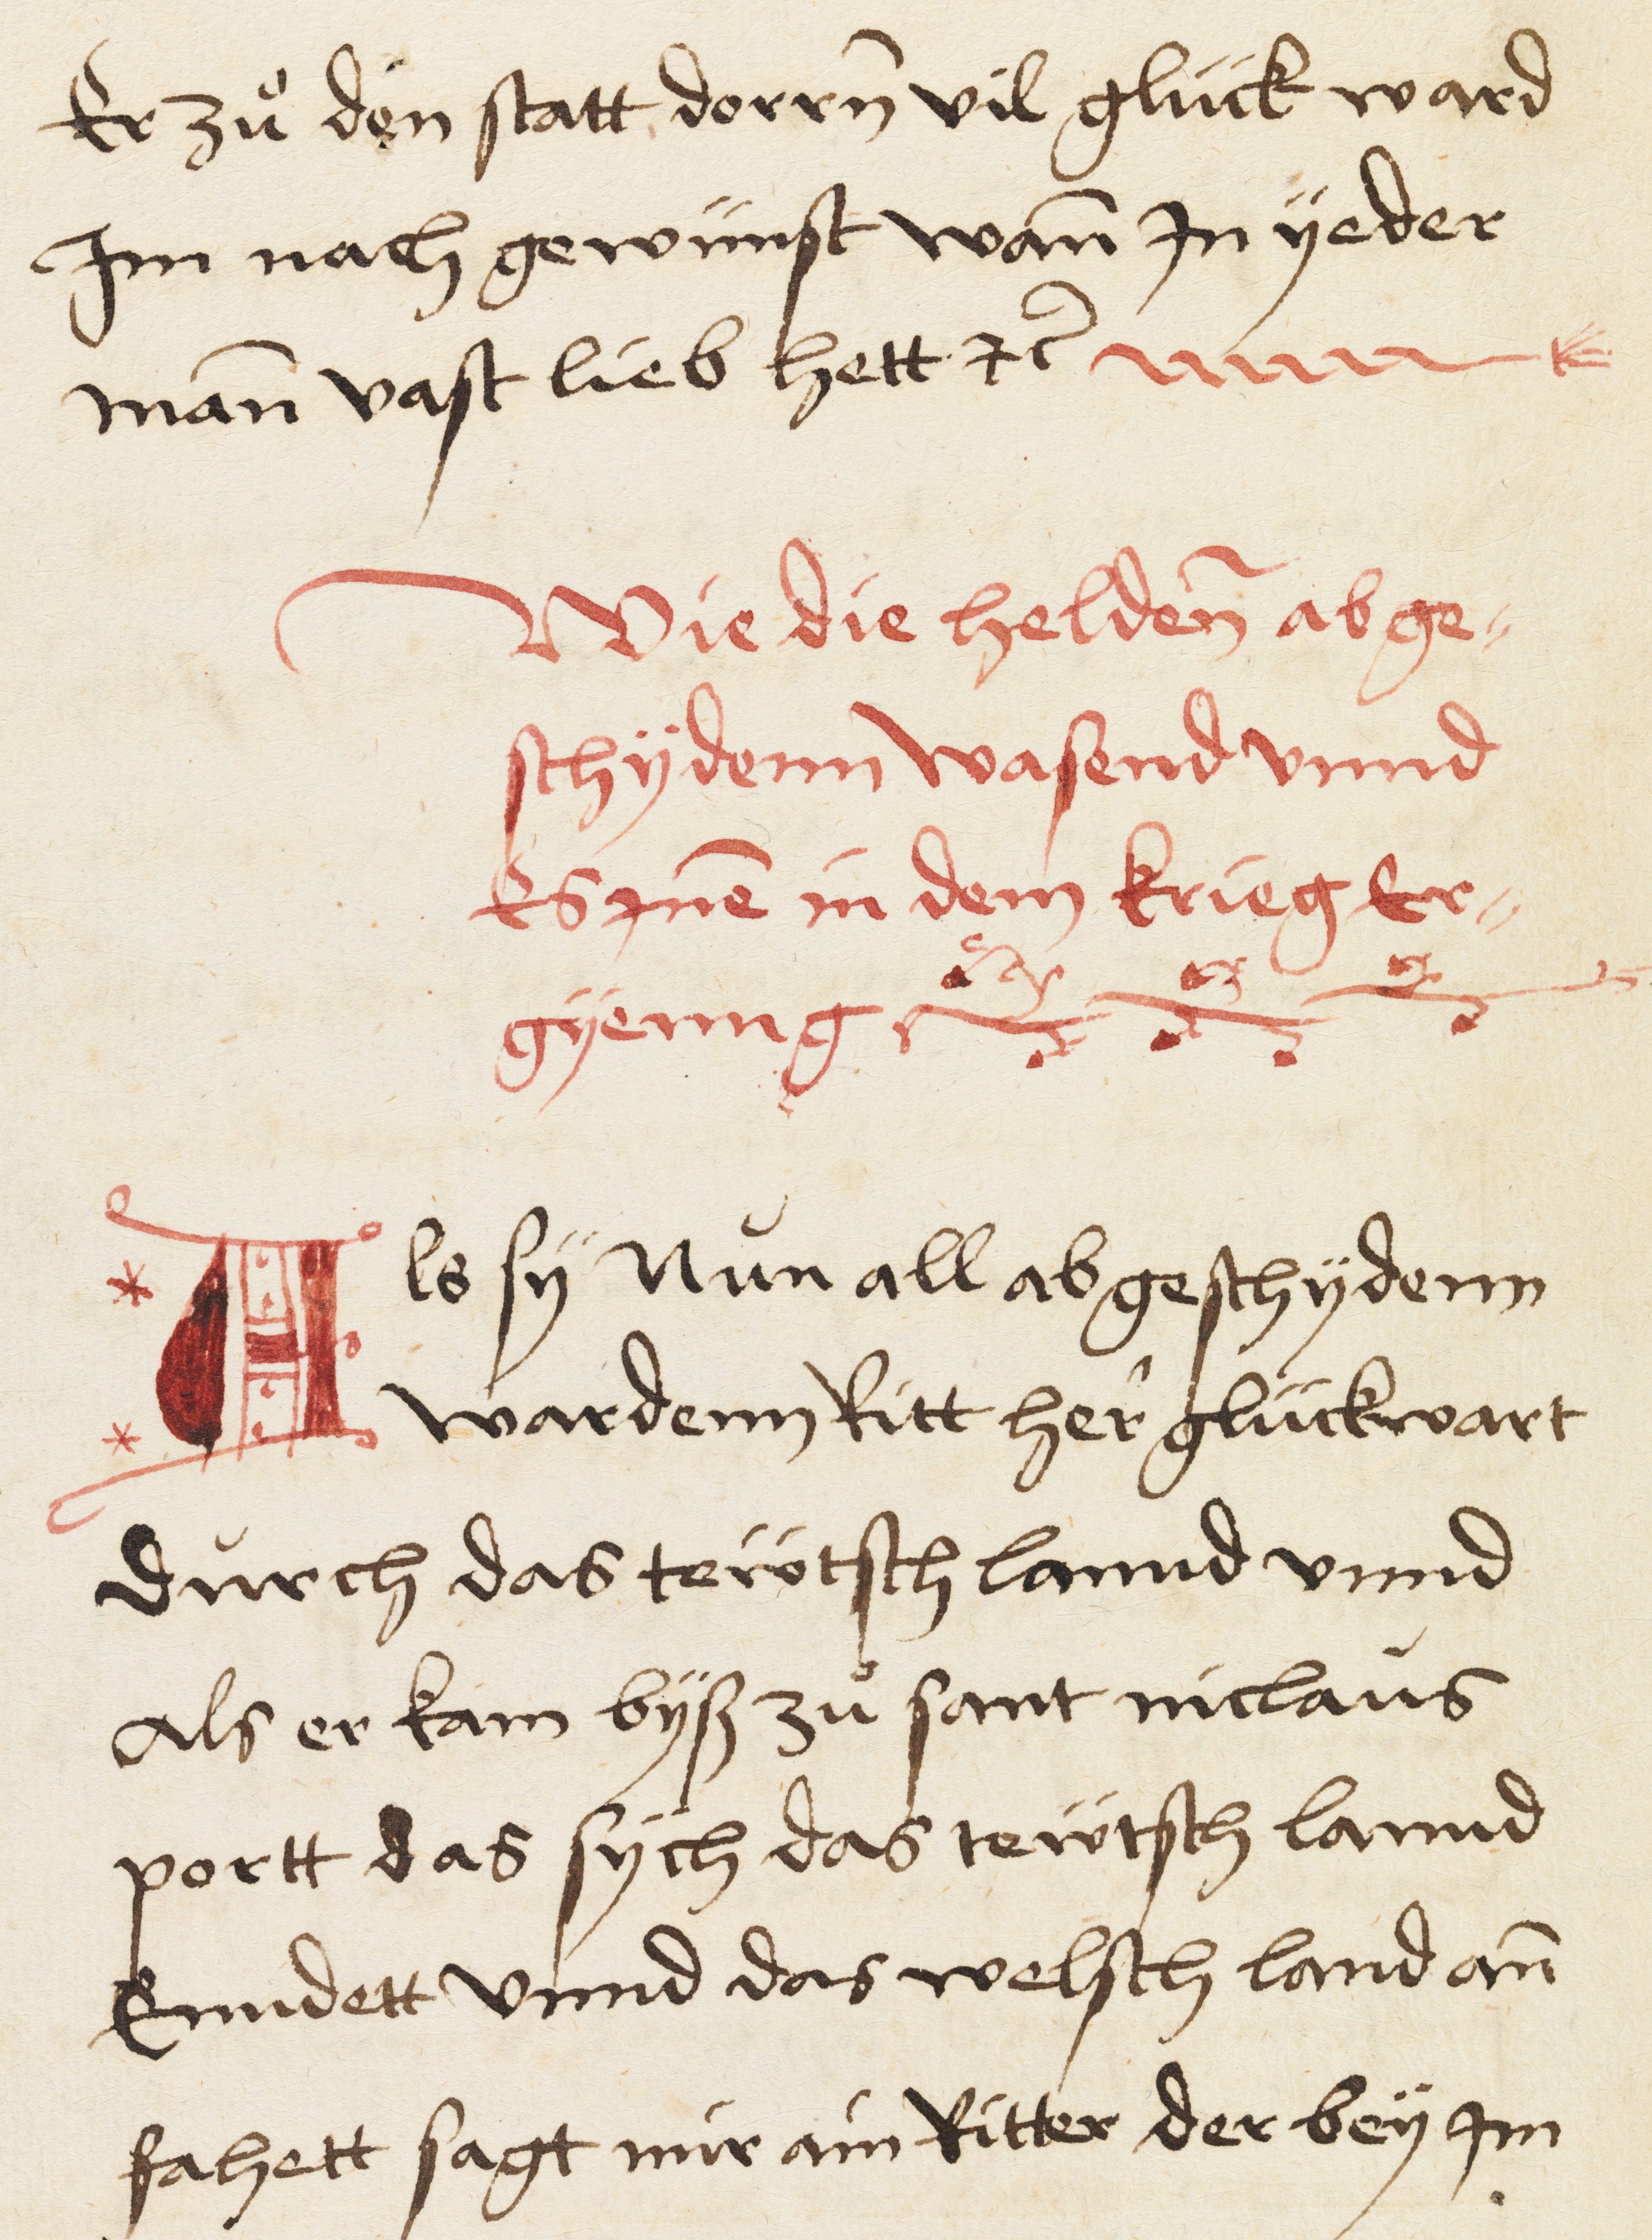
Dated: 1521–1521